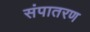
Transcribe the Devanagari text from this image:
संपातरण